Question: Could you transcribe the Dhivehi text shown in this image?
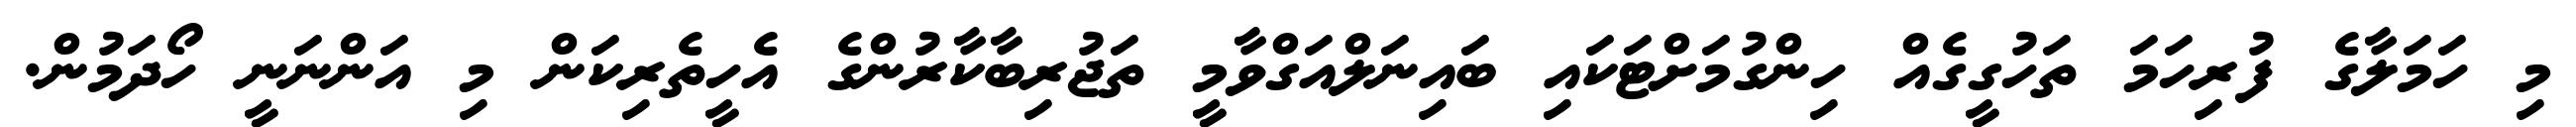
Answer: މި ހަމަލާގެ ފުރިހަމަ ތަހުގީގެއް ހިންގުމަށްޓަކައި ބައިނަލްއަގްވާމީ ތަޖުރިބާކާރުންގެ އެހީތެރިކަން މި އަންނަނީ ހޯދަމުން.